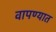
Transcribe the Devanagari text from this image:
वापण्यात